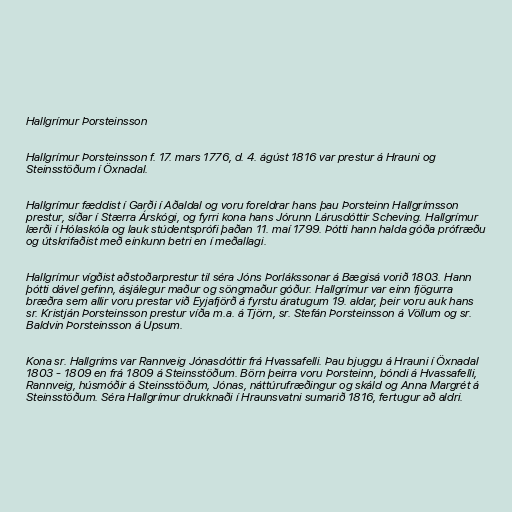
Hallgrímur Þorsteinsson

Hallgrímur Þorsteinsson f. 17. mars 1776, d. 4. ágúst 1816 var prestur á Hrauni og
Steinsstöðum í Öxnadal.

Hallgrímur fæddist í Garði í Aðaldal og voru foreldrar hans þau Þorsteinn Hallgrímsson
prestur, síðar í Stærra Árskógi, og fyrri kona hans Jórunn Lárusdóttir Scheving. Hallgrímur
lærði í Hólaskóla og lauk stúdentsprófi þaðan 11. maí 1799. Þótti hann halda góða prófræðu
og útskrifaðist með einkunn betri en í meðallagi.

Hallgrímur vígðist aðstoðarprestur til séra Jóns Þorlákssonar á Bægisá vorið 1803. Hann
þótti dável gefinn, ásjálegur maður og söngmaður góður. Hallgrímur var einn fjögurra
bræðra sem allir voru prestar við Eyjafjörð á fyrstu áratugum 19. aldar, þeir voru auk hans
sr. Kristján Þorsteinsson prestur víða m.a. á Tjörn, sr. Stefán Þorsteinsson á Völlum og sr.
Baldvin Þorsteinsson á Upsum.

Kona sr. Hallgríms var Rannveig Jónasdóttir frá Hvassafelli. Þau bjuggu á Hrauni í Öxnadal
1803 - 1809 en frá 1809 á Steinsstöðum. Börn þeirra voru Þorsteinn, bóndi á Hvassafelli,
Rannveig, húsmóðir á Steinsstöðum, Jónas, náttúrufræðingur og skáld og Anna Margrét á
Steinsstöðum. Séra Hallgrímur drukknaði í Hraunsvatni sumarið 1816, fertugur að aldri.